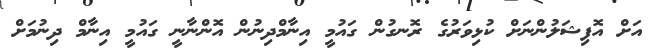
އަށް އޮފިޝަލުންނަށް ކުޅިވަރުގެ ރޮނގުން ގައުމީ އިނާމްދިނުން އޮންނާނީ ގައުމީ އިނާމް ދިނުމަށް